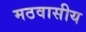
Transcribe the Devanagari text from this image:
मठवासीय